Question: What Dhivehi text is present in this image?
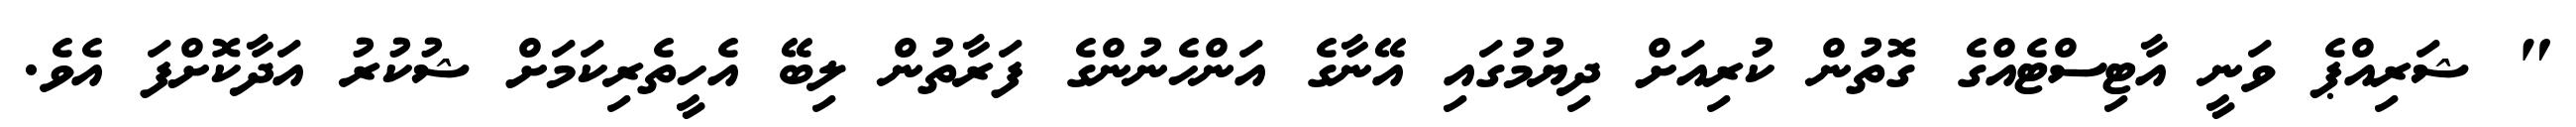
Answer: " ޝަރިއްޕެ ވަނީ އާޓިސްޓެއްގެ ގޮތުން ކުރިއަށް ދިޔުމުގައި އޭނާގެ އަންހެނުންގެ ފަރާތުން ލިބޭ އެހީތެރިކަމަށް ޝުކުރު އަދާކޮށްފަ އެވެ.